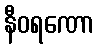
နီဝရဏော